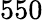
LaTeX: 550